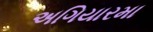
અગિયારમા